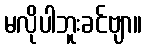
မလိုပါဘူးခင်ဗျာ။